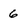
Character: 6